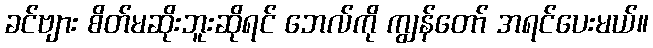
ခင်ဗျား စိတ်မဆိုးဘူးဆိုရင် ဘေလ်ကို ကျွန်တော် အရင်ပေးမယ်။